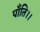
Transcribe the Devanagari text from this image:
पाँति।।